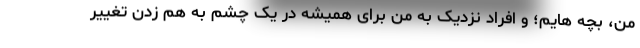
من، بچه هایم؛ و افراد نزدیک به من برای همیشه در یک چشم به هم زدن تغییر